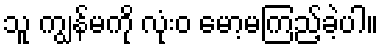
သူ ကျွန်မကို လုံးဝ မော့မကြည့်ခဲ့ပါ။